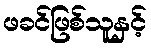
ဖခင်ဖြစ်သူနှင့်